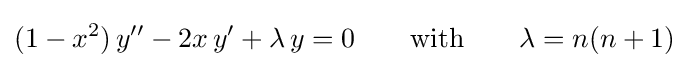
(1-x^{2})\,y''-2x\,y'+\lambda \,y=0\qquad {\text{with}}\qquad \lambda =n(n+1)